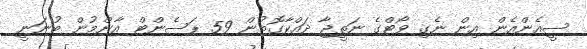
ސީއެންއެން އިން ނެގި ވޯޓްގެ ނަތީޖާ ދައްކާގޮތުން 59 ޕަސެންޓް އާންމުން ބުނަނީ